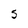
Character: S